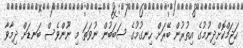
ހަޖަމްކޮށްދިނުމުގެ އިތުރުން ބޭރަށް ހިނގުމުގެ ސަބަބުން ނުވަތަ މި ނޫންވެސް ބަނޑަށް ދިމާވާ